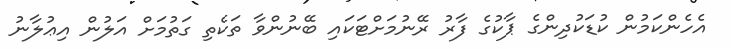
އެހެންކަމުން ކުޑަކުދިންގެ ޕާކުގެ ފާރު ރޭނުމަށްޓަކައި ބޭނުންވާ ތަކެތި ގަތުމަށް އަލުން އިޢުލާނު